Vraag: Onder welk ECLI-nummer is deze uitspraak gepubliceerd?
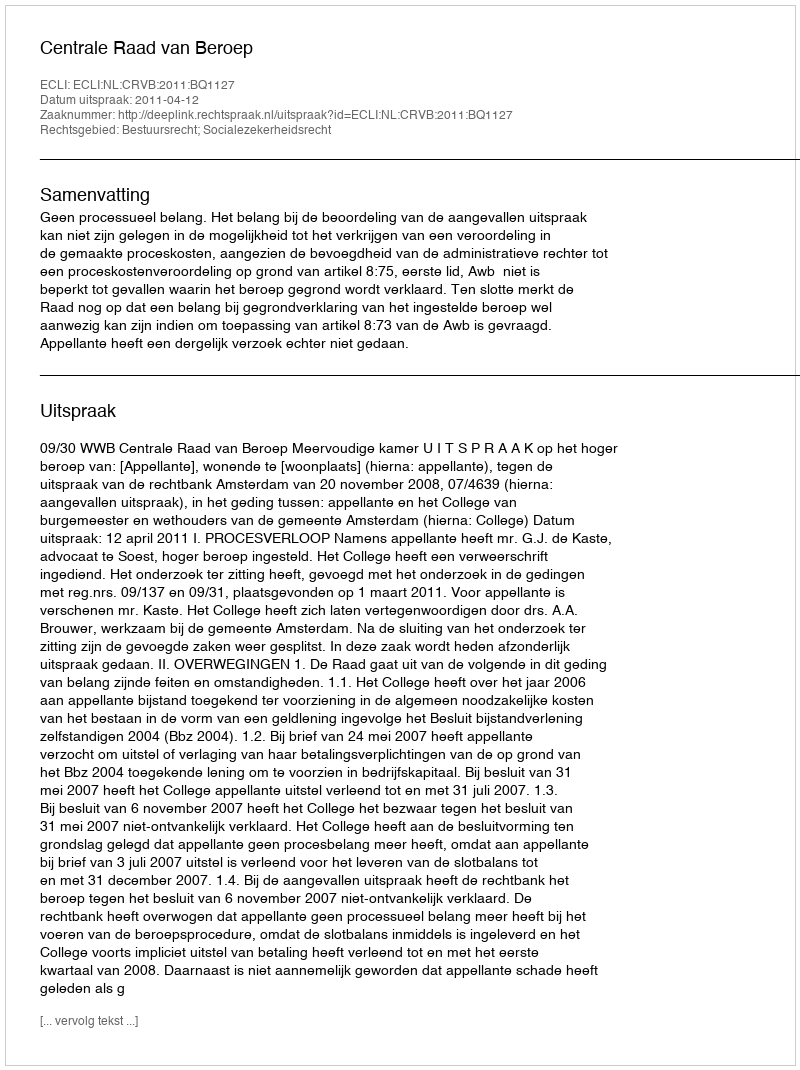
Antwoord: ECLI:NL:CRVB:2011:BQ1127